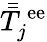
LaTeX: \bar{\bar{T}}_{j}^{\, \mathrm{ee}}